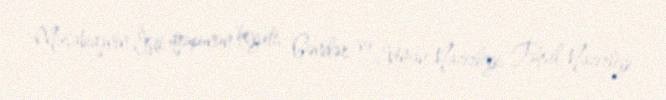
Müsabiqənin İşçi qrupunun heyəti, Gənclər və İdman Nazirliyi, Təhsil Nazirliyi